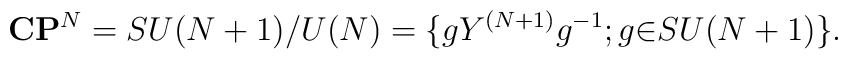
{\bf C}{\bf P}^N=SU(N+1)/{U(N)}=\{gY^{(N+1)}g^{-1};g{\in}SU(N+1)\}.